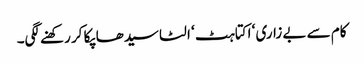
کام سے بے زاری ‘ اکتاہٹ ‘ الٹا سیدھا پکا کر رکھنے لگی۔